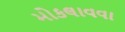
મોકલાવવા